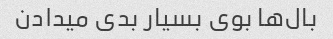
بال‌ها بوی بسیار بدی میدادن